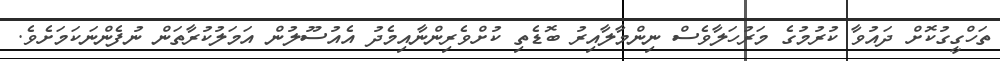
ތަހްގީގުކޮށް ދައުވާ ކުރުމުގެ މަރުހަލާވެސް ނިންމާލާއިރު ބޮޑެތި ކުށްވެރިންނާއިމެދު އެއުސޫލުން އަމަލުކުރާތަން ނުފެންނަކަމަށެވެ.